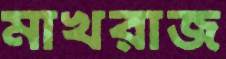
মাখরাজ